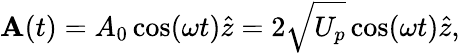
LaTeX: \mathbf{A}(t)=A_{0}\cos(\omega t)\hat{z}=2\sqrt{U_{p}}\cos(\omega t)\hat{z},